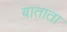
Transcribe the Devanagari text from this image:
बाताता